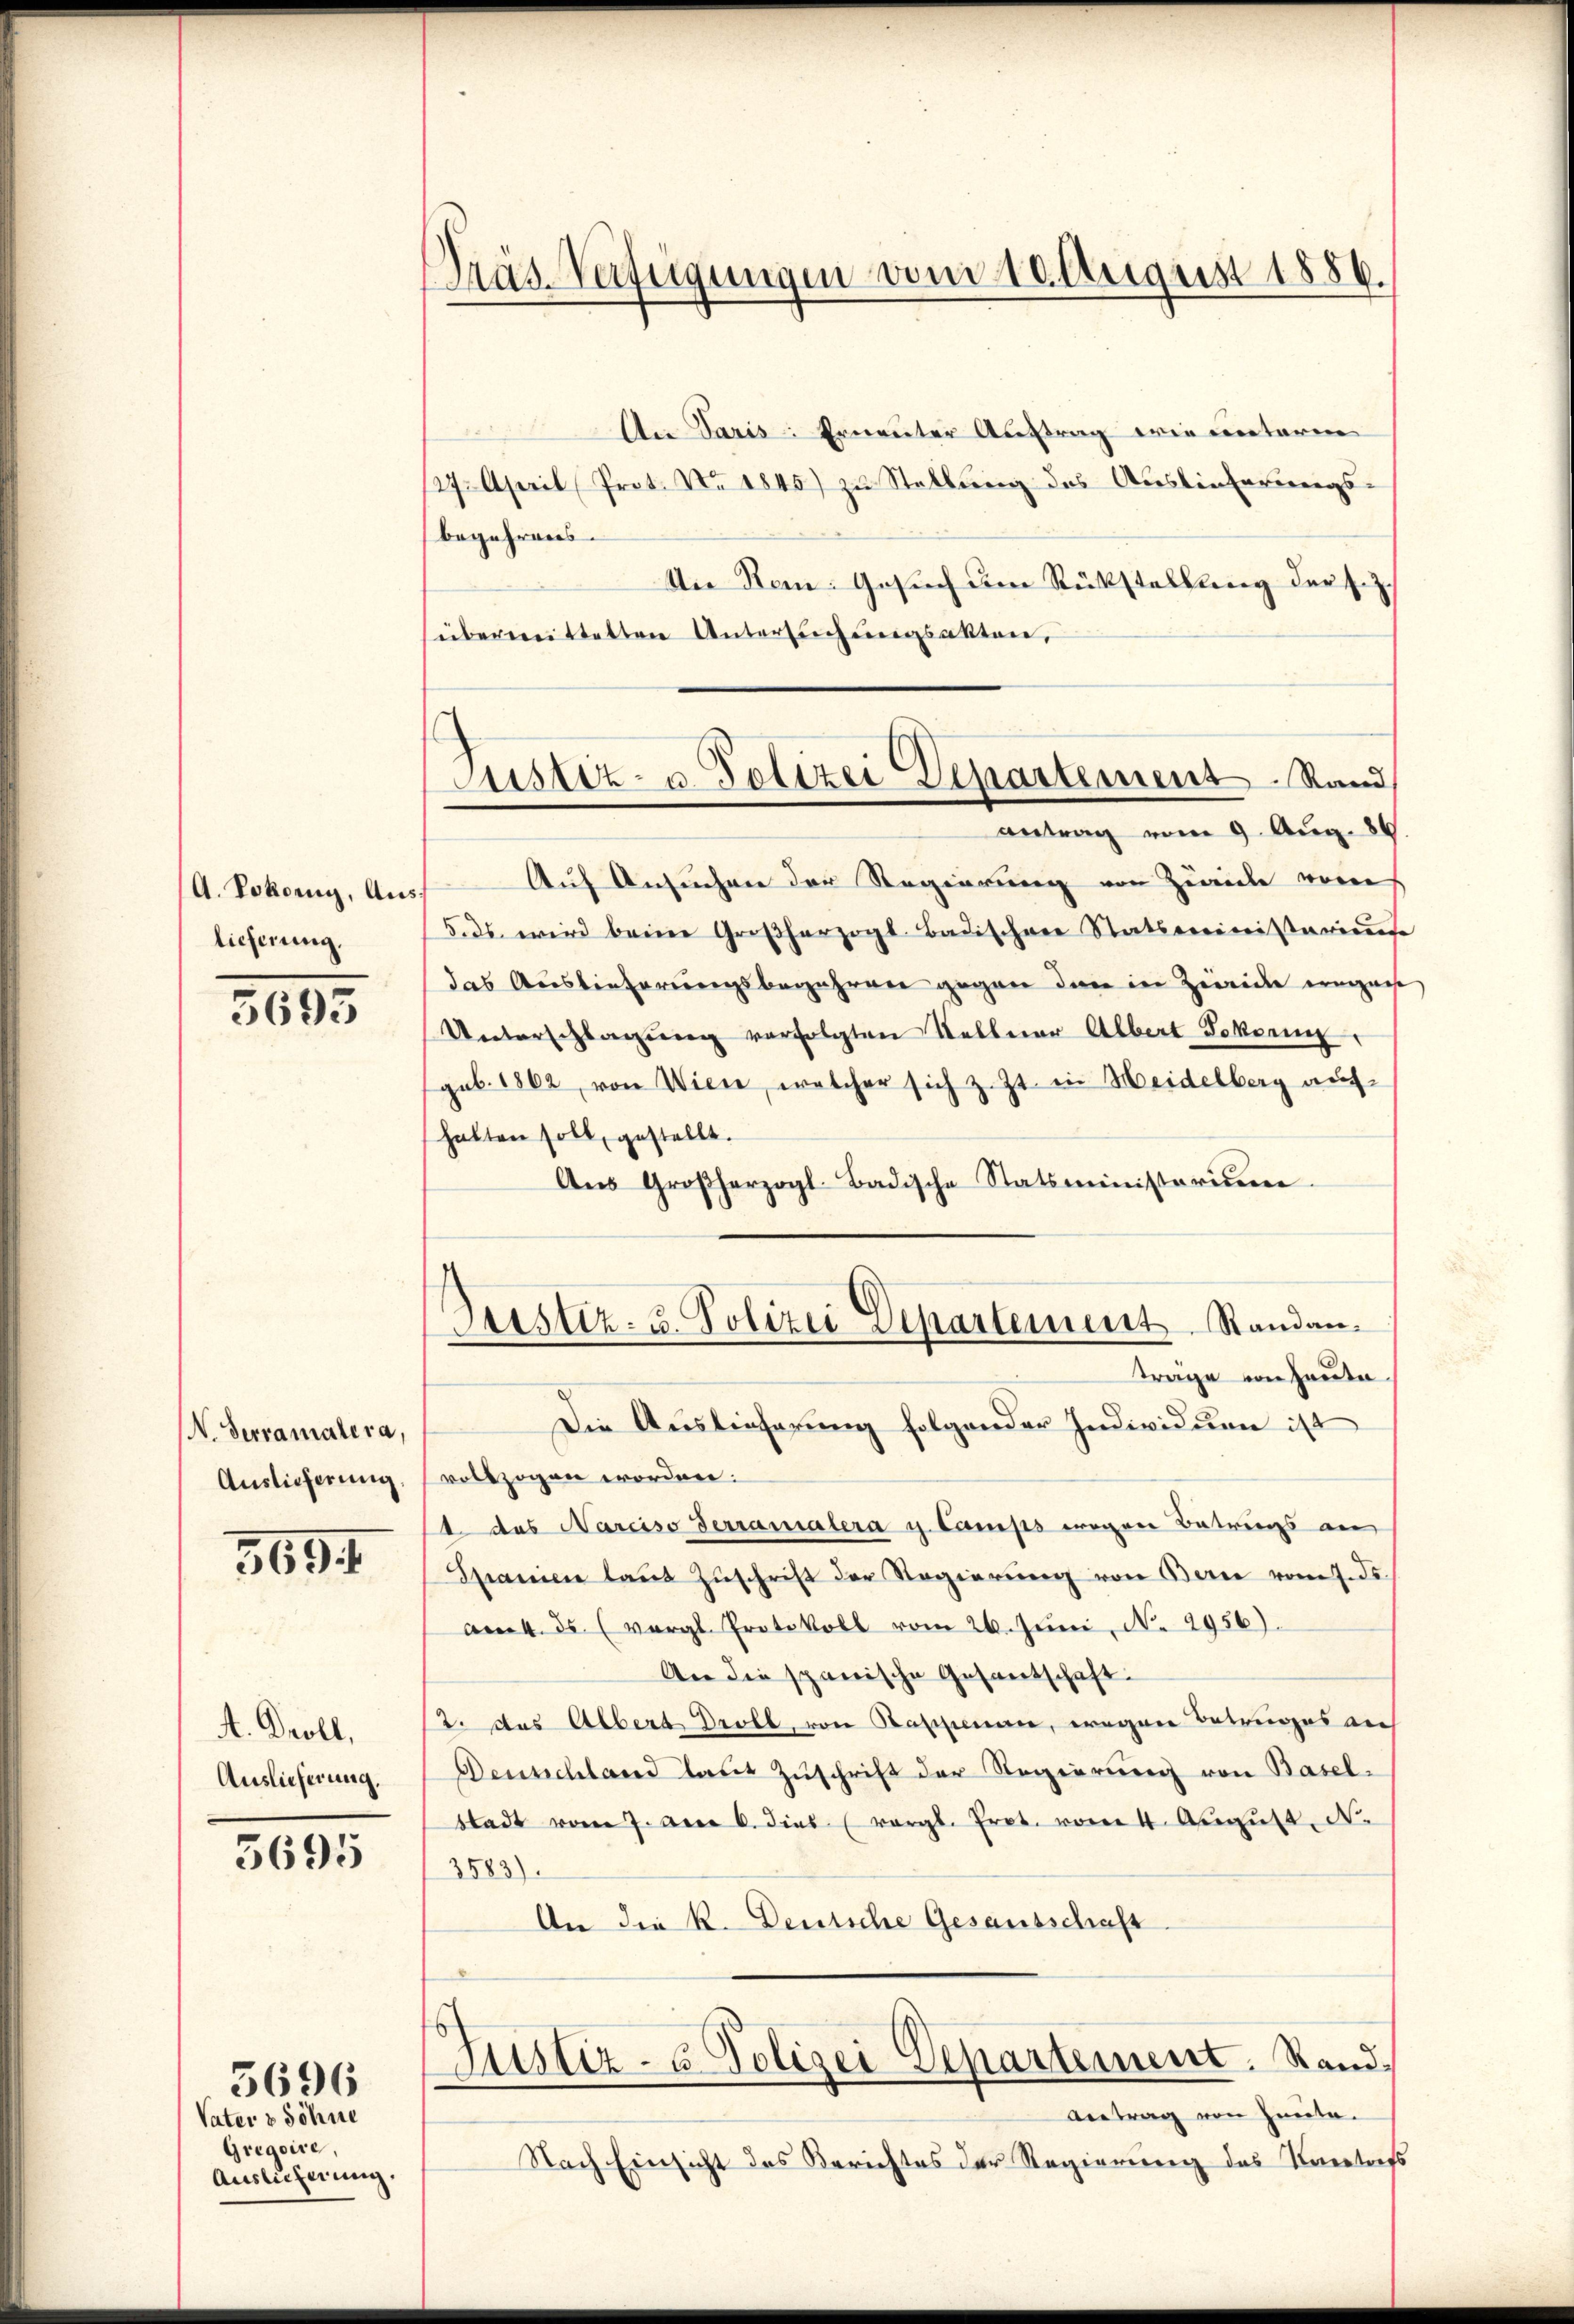
A. Pokonig, Auslieferung.

369

N. Terramatera,
Auslieferung

5691

A. Groll,
Auslieferung.

5695

Vater & Söhne
Gregoire,
Auslieferung.

3696

Präs. Verfügungen vom 10. August 1886.

211
An Paris: Erneunter Auftrag wie unterm
27. April (Prot. No. 1845) zu Stellung des Auslieferungs-
begehrens
An Ren: Gesuch um Rückstellung der s.Z.
übermeistetten Untersuchungsakten,
antrag vom 9. Aug. 186
Auf Ansuchen der Regierung von Zwicke vors
5. ds. wird beim Großherzogl. Badischen Statsministarius
das Auslieferungsbegehren gegen den in Zwicke eigen
Unterschlagung verfolgten Kellerer Albert-Sokoenig
gub. 1862 von Wien, welcher sich z. Zt. in Heidelberg auf-
halten soll gestellt.
Aŭs Großherzogl-Badische Statsministerium
Justiz- u. Polizei Departement Randantrage von heute.
Die Auslieferung folgender Individuen ist
vollzogen worden.
1 das Narciso Terranalera u. Camps wegen Betrings an
Spanien laŭt Zŭschrift der Regierŭng von Berne vom 7. ds.
am 4. ds. (vergl. Protokoll vom 26. Juni, N. 2956).
An die spanische Gesantschaft:
2. das Albert Droll, von Kappenan, wegen Betruges auch
Deuschland laut Zuschrift der Regierung von Basel-
Stadt vom 7. den 6. dies (vergl. Pret. vom 4. Aŭgŭst N.
3583).
An die K. Deutsche Gesausschaft
Justiz- & Polizei Departement. Stand,
Antrag von Freite.
Nach Einsicht des Berichtes der Regierung des Kantofs

C
Justiz- u. Polizei Departement Stand